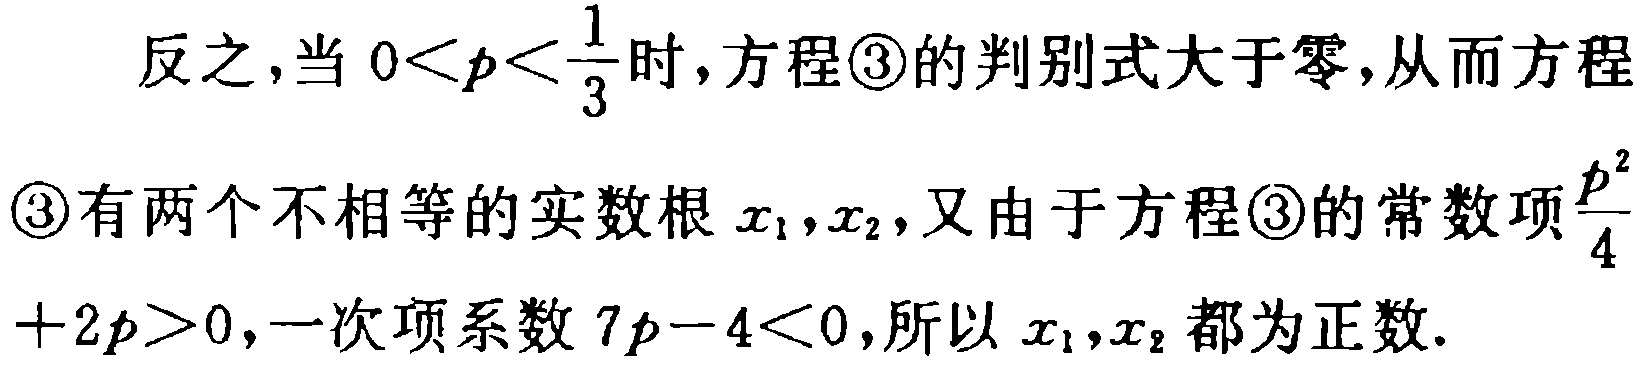
反之，当 \(0 < p < \frac{1}{3}\) 时，方程\textcircled{3}的判别式大于零，从而方程\textcircled{3}有两个不相等的实数根 \(x_1,x_2\)，又由于方程\textcircled{3}的常数项\(\frac{p^2}{4}+2p > 0\)，一次项系数 \(7p - 4 < 0\)，所以 \(x_1,x_2\) 都为正数.